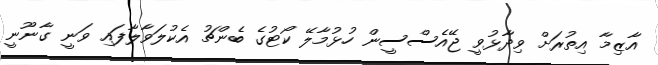
އާޒިމާ އިތުރަށް ވިދާޅުވީ ޖޭއެސްސީން ހުޅުމާލޭ ކޯޓުގެ ބެންޗު އެކުލަވާލާފައި ވަނީ ގާނޫނީ